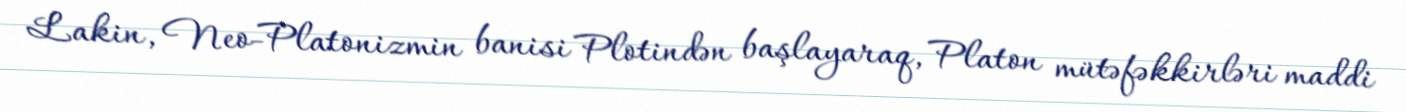
Lakin, Neo-Platonizmin banisi Plotindən başlayaraq, Platon mütəfəkkirləri maddi